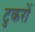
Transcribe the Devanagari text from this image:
टुकरों